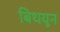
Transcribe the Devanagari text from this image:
बिथयून